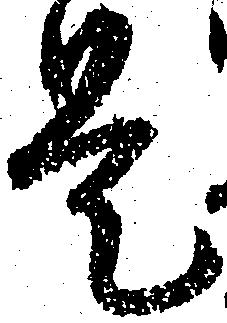
是